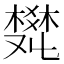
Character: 𤕩